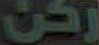
ركن